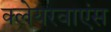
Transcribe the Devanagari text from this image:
क्लेयरवाएंस